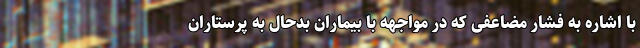
با اشاره به فشار مضاعفی که در مواجهه با بیماران بدحال به پرستاران